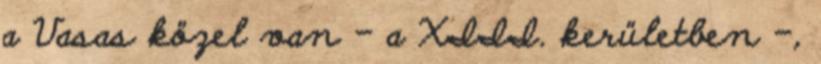
a Vasas közel van – a XIII. kerületben –,